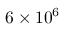
6 \times 1 0 ^ { 6 }